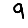
Digit: 9